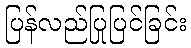
ပြန်လည်ပြုပြင်ခြင်း